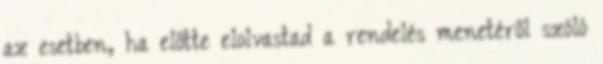
az esetben, ha előtte elolvastad a rendelés menetéről szóló